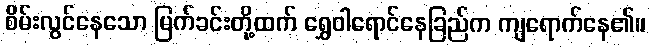
စိမ်းလွင်နေသော မြက်ခင်းတို့ထက် ရွှေဝါရောင်နေခြည်က ကျရောက်နေ၏။